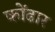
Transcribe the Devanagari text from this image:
कोंढार